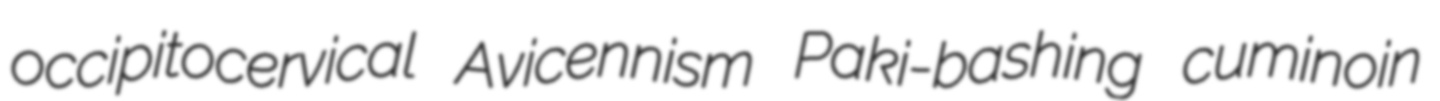
occipitocervical Avicennism Paki-bashing cuminoin